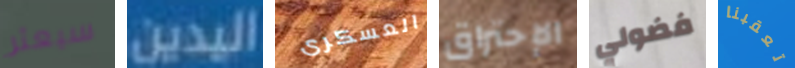
سيعثر اليدين العسكرى الإحتراق فضولي تعقبنا